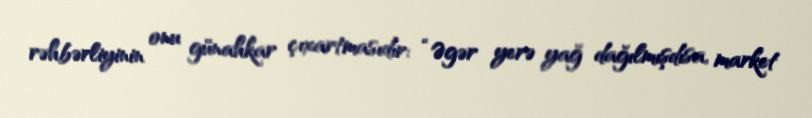
rəhbərliyinin onu günahkar çıxartmasıdır: “Əgər yerə yağ dağılmışdısa, market